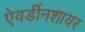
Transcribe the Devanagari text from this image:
ऐवर्डीनशायर